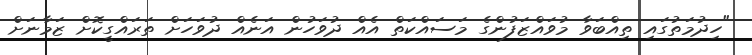
"ހިދުމަތުގައި ތިއްބަވާ މުވައްޒަފުންގެ މަސައްކަތް އެއް ދުވަހުން އަނެއް ދުވަހަށް ތަރައްގީކޮށް ޒަމާނަށް